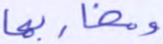
ومغاربها